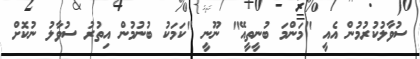
ސުވާލުކުރުމުން އެއީ "މަންމަ ބުނީތީއޭ" ނޫނީ "ކަމަކު ބުނުމުން އިތުރު ސުވާލު ނުކޮށް